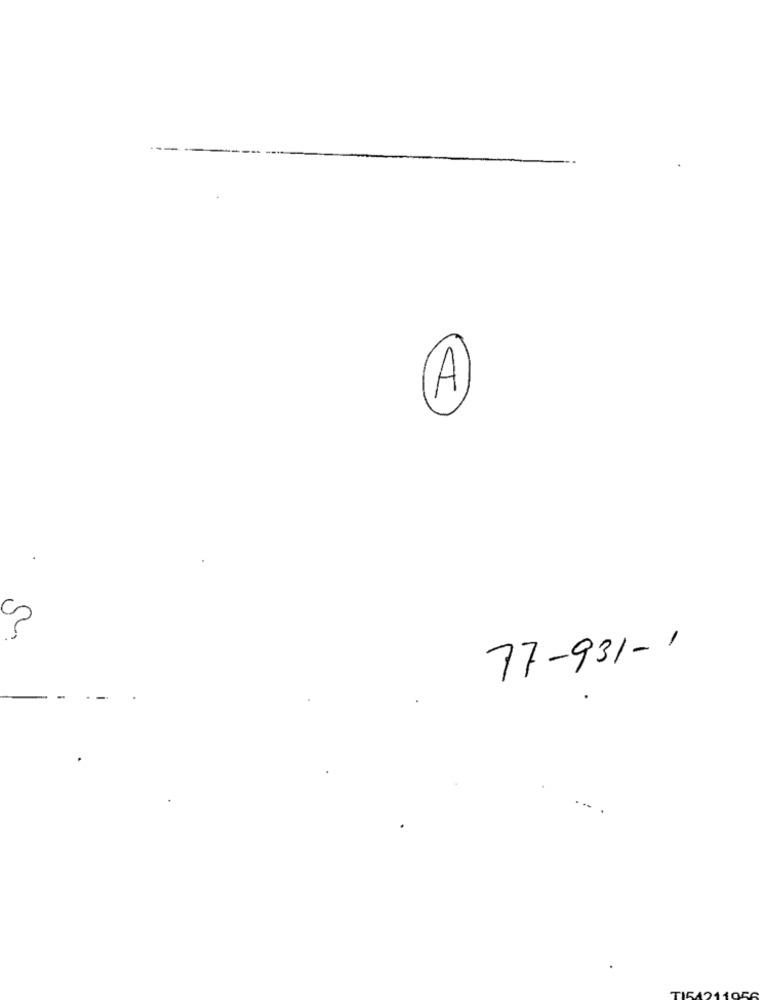
A
77-931-1